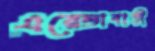
এরেন্ডাবাড়ী